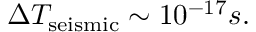
\Delta T _ { \mathrm { s e i s m i c } } \sim 1 0 ^ { - 1 7 } s .